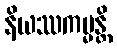
နိယဿကမ္မန္တိ